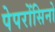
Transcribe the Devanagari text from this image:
पेपरोंसिनो